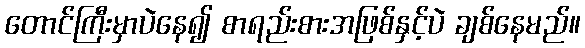
တောင်ကြီးမှာပဲနေ၍ စာရည်းစားအဖြစ်နှင့်ပဲ ချစ်နေမည်။